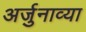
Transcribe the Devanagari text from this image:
अर्जुनाव्या